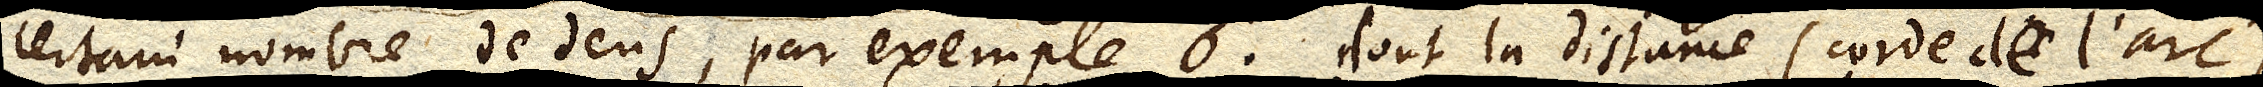
certain nombre de dens, par exemple 6. dont la distance (corde de l’arc)